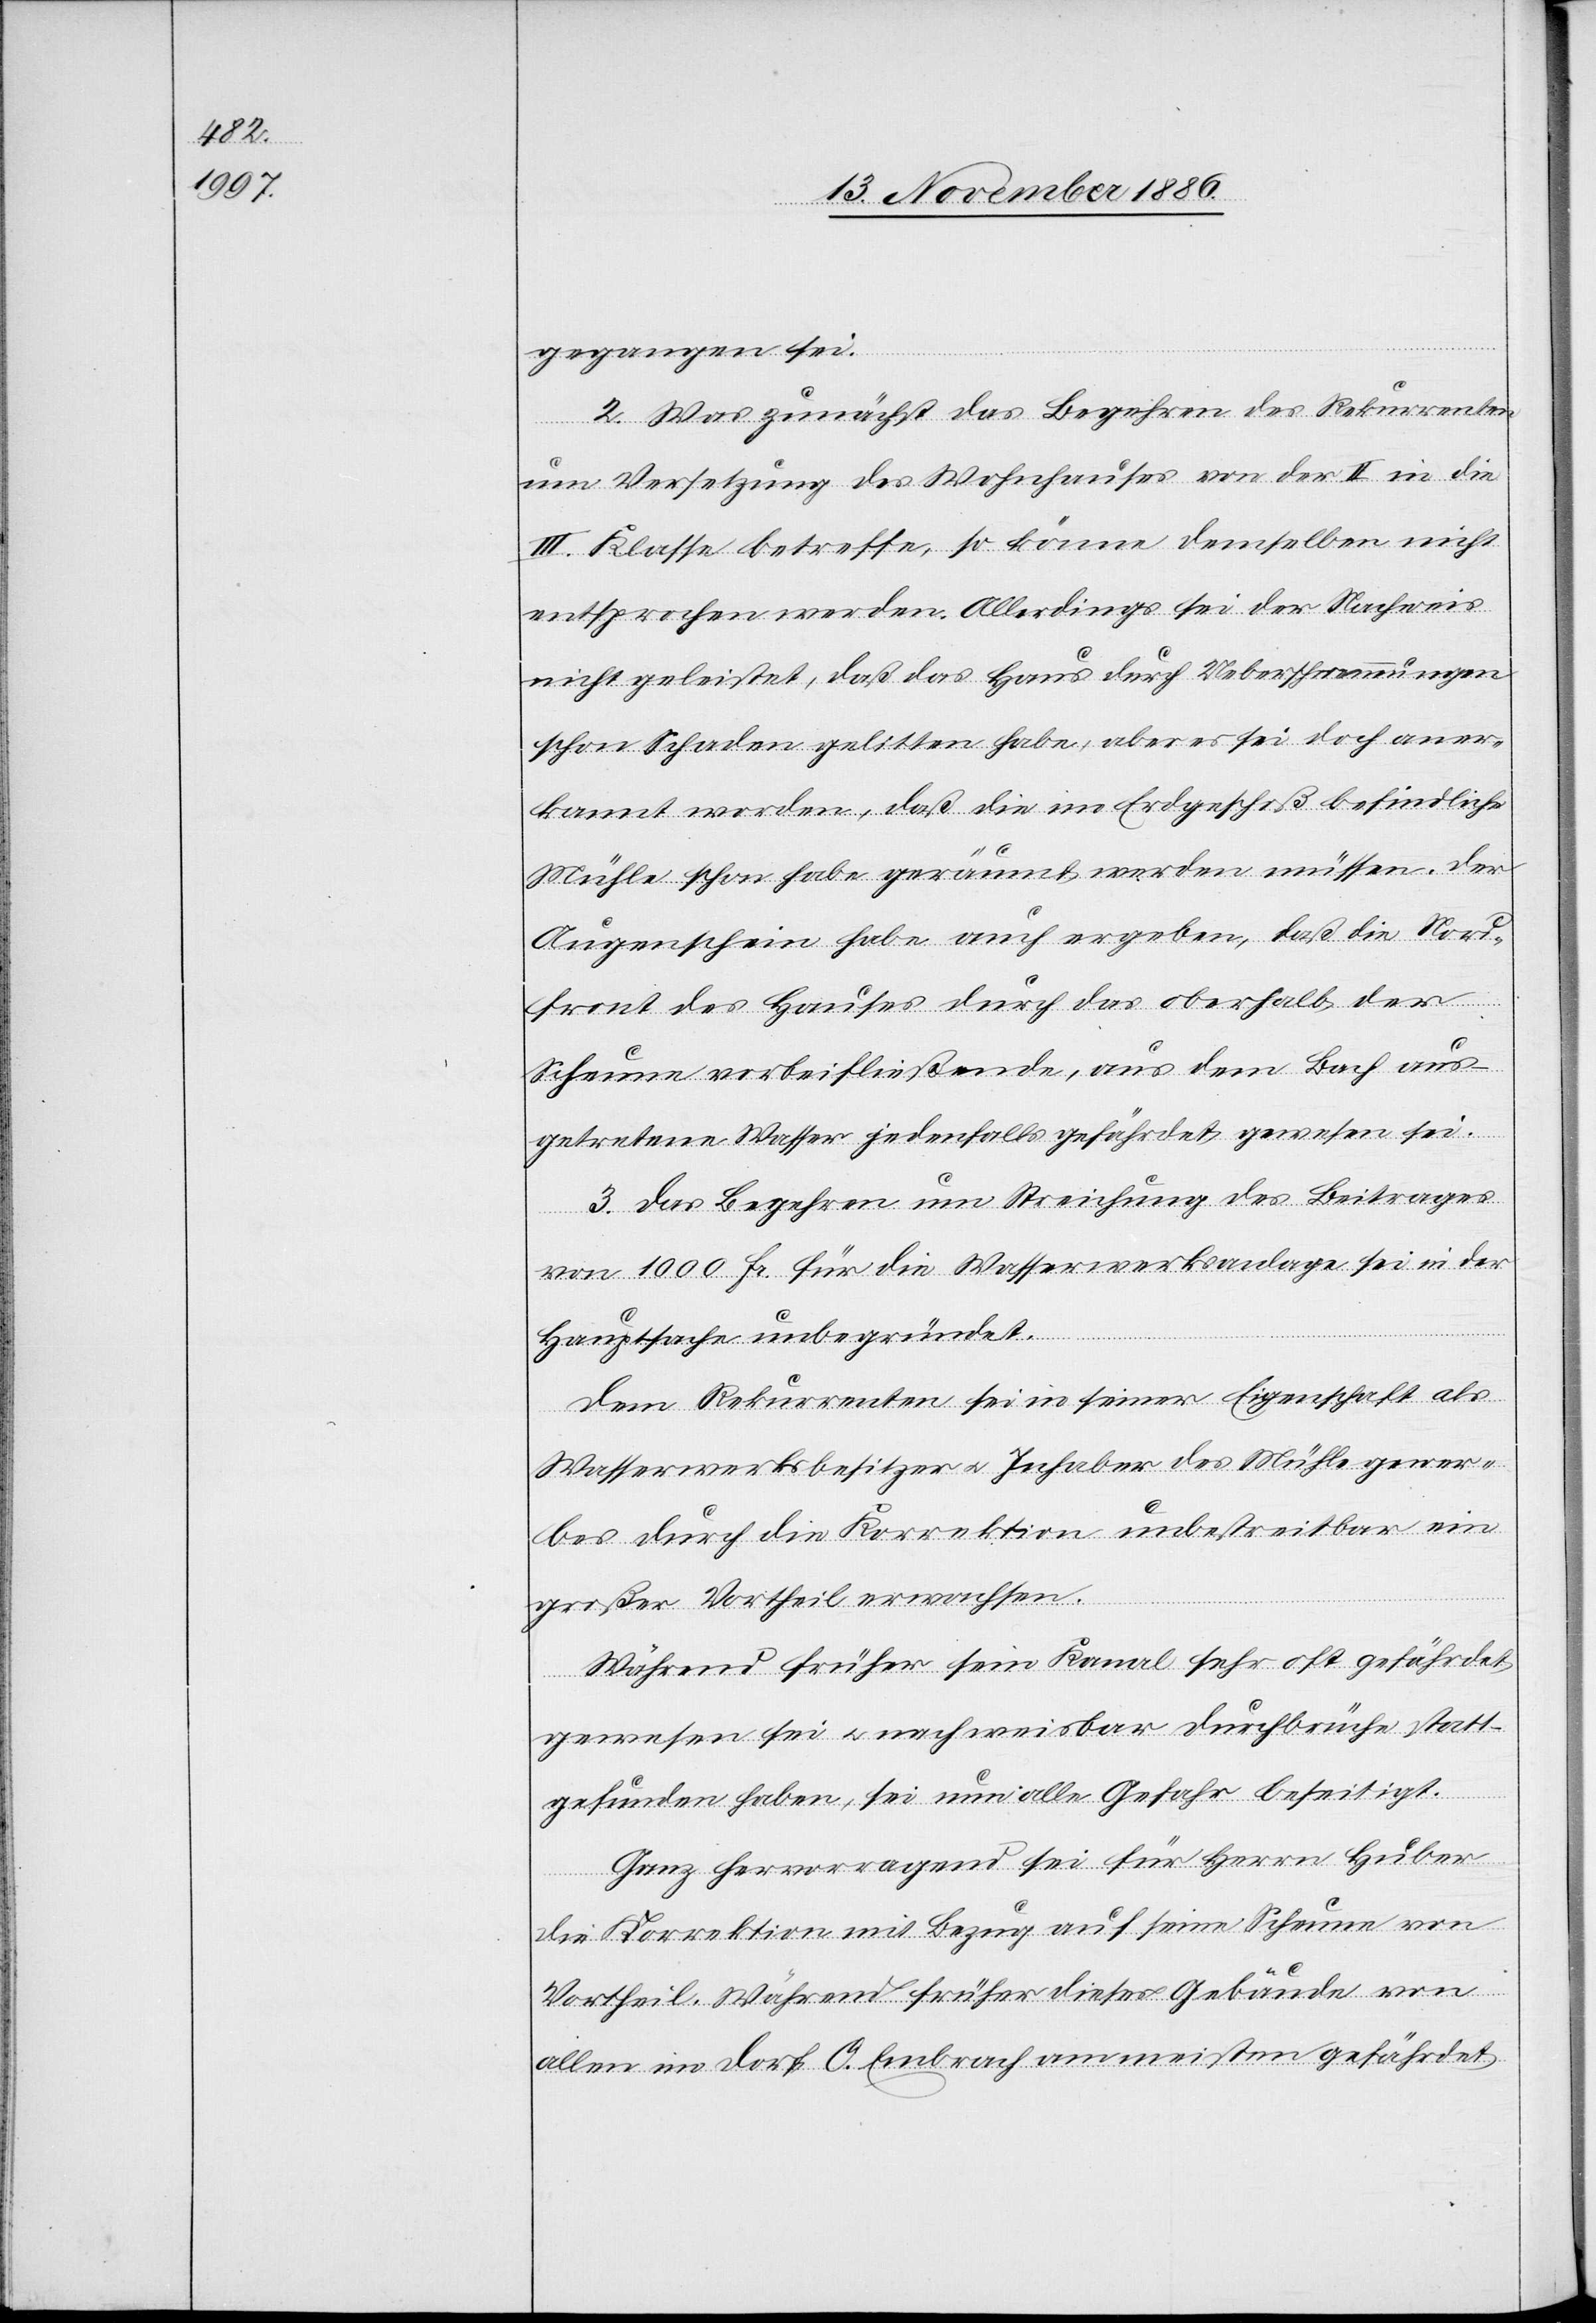
gegangen sei.
2. Was zunächst das Begehren des Rekurrenten
um Versetzung des Wohnhauses von der II. in die
III. Klasse betreffe, so könne demselben nicht
entsprochen worden. Allerdings sei der Nachweis
nicht geleistet, daß das Haus durch Ueberschwemmungen
schon Schaden gelitten habe, aber es sei doch aner¬
kannt worden, daß die im Erdgeschoß befindliche
Mühle schon habe geräumt werden müssen. Der
Augenschein habe auch ergeben, daß die Nord¬
front des Hauses durch das oberhalb der
Scheune vorbeifließende, aus dem Bach aus¬
getretene Wasser jedenfalls gefährdet gewesen sei.
3. Das Begehren um Streichung des Beitrages
von 1000 Fr. für die Wasserwerksanlage sei in der
Hauptsache unbegründet.
Dem Rekurrenten sei in seiner Eigenschaft als
Wasserwerksbesitzer & Inhaber des Mühlegewer¬
bes durch die Korrektion unbestreitbar ein
großer Vortheil erwachsen.
Während früher sein Kanal sehr oft gefährdet
gewesen sei & nachweisbar Durchbrüche statt¬
gefunden haben, sei nun alle Gefahr beseitigt.
Ganz hervorragend sei für Herrn Huber
die Korrektion mit Bezug auf seine Scheune von
Vortheil. Während früher dieses Gebäude von
allen im Dorf O. Embrach am meisten gefährdet